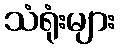
သံရုံးများ